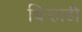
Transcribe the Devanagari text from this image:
बिर्‍हाडी